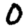
Digit: 0